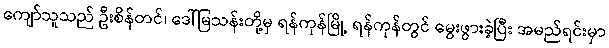
ကျော်သူသည် ဦးစိန်တင်၊ ဒေါ်မြသန်းတို့မှ ရန်ကုန်မြို့ ရန်ကုန်တွင် မွေးဖွားခဲ့ပြီး အမည်ရင်းမှာ